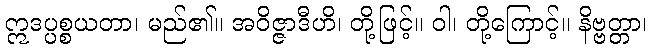
ဣဒပ္ပစ္စယတာ၊ မည်၏။ အဝိဇ္ဇာဒီဟိ၊ တို့ဖြင့်။ ဝါ၊ တို့ကြောင့်။ နိဗ္ဗတ္တာ၊